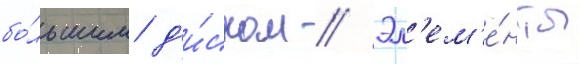
бо́льшим д'и́ском // Эл'ем'е́нты